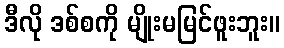
ဒီလို ဒစ်စကို မျိုးမမြင်ဖူးဘူး။